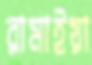
রামাইয়া